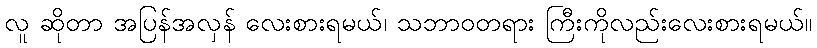
လူ ဆိုတာ အပြန်အလှန် လေးစားရမယ်၊ သဘာဝတရား ကြီးကိုလည်းလေးစားရမယ်။